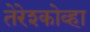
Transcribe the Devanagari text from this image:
तेरेश्कोव्हा